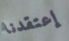
إعتقدنا